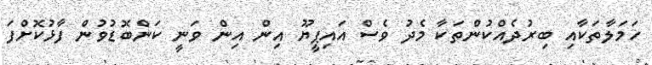
ހަމަލާތަކާއި ބިރުދެއްކުންތަކާ މެދު ވެސް އައިޕީޔޫ އިން އިން ވަނީ ކަންބޮޑުވުން ފާޅުކޮށްފަ